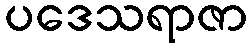
ပဒေသရာဇာ